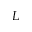
{ L }